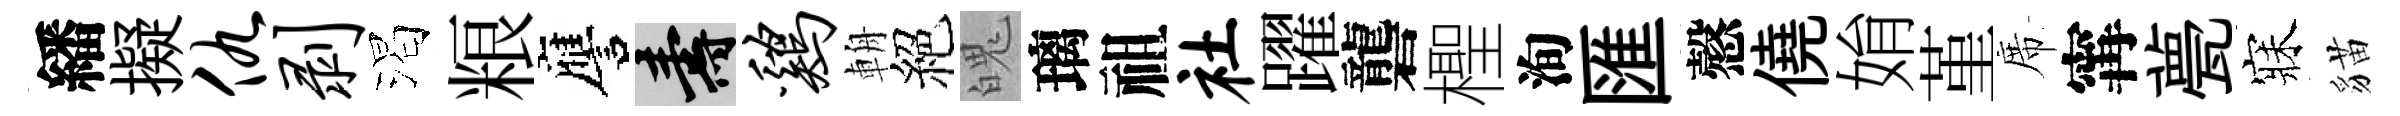
繙擬仇剥渴粮譍壽鸡輈絕魄璃祖社躍礱檉洵匯慤僥姢堇席𡩋甍寐貓